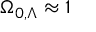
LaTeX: \Omega _ { 0 , \Lambda } \approx 1